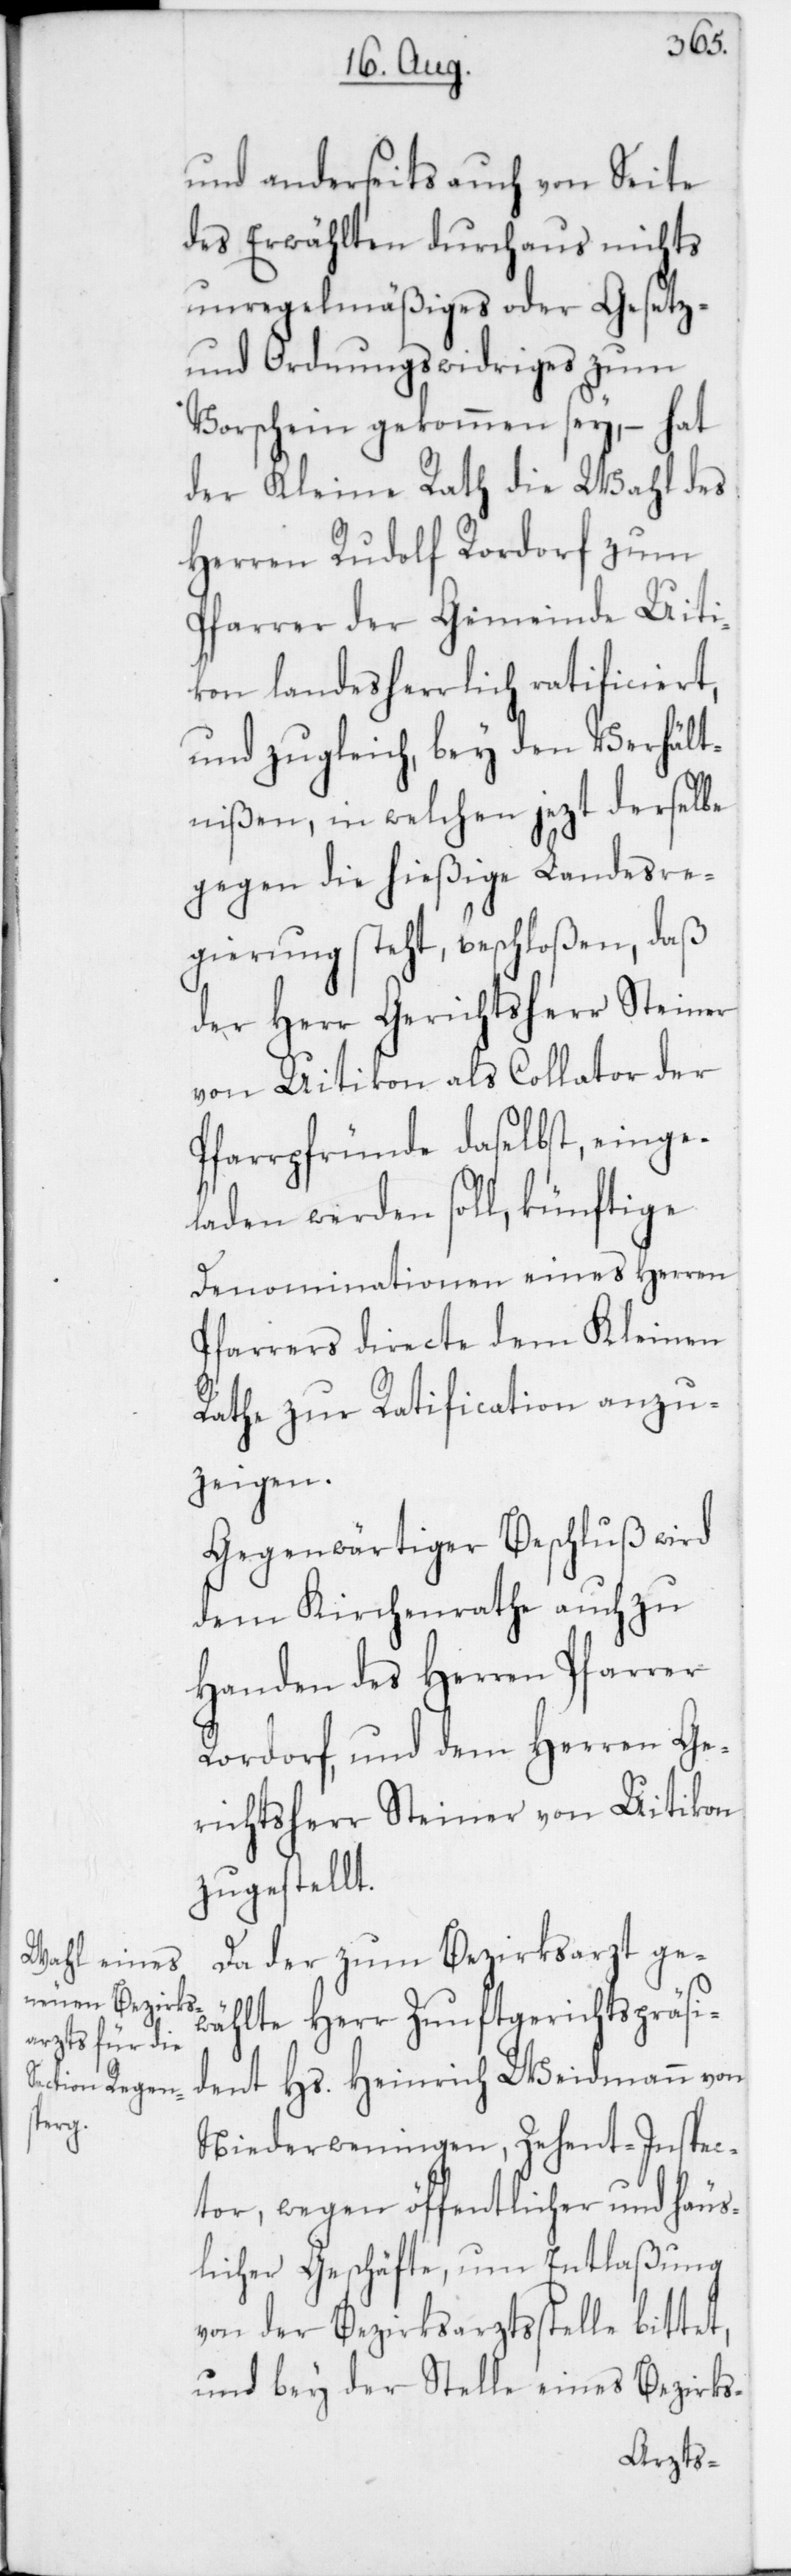
und anderseits auch von Seite
des Erwählten durchaus nichts
unregelmäßiges oder Gesetz-
und Ordnungswidriges zum
Vorschein gekommen sey, hat
der Kleine Rath die Wahl des
Herren Rudolf Rordorf zum
Pfarrer der Gemeinde Uiti¬
kon landesherrlich ratificiert,
und zugleich bey den Verhält¬
nißen, in welchen jezt derselbe
gegen die hießige Landesre¬
gierung steht, beschloßen, daß
der Herr Gerichtsherr Steiner
von Uitikon als Collator der
Pfarrpfründe daselbst, einge¬
laden werden soll, künftige
Denominationen eines Herren
Pfarrers directe dem Kleinen
Rathe zur Ratification anzu¬
zeigen.
Gegenwärtiger Beschluß wird
dem Kirchenrathe auch zu
Handen des Herren Pfarrer
Rordorf und dem Herren Ge¬
richtsherr Steiner von Uitikon
zugestellt.
Da der zum Bezirksarzt ge¬
wählte Herr Zunftgerichtspräsi¬
dent Hs. Heinrich Weidmann von
Niederweningen, Zehent-Inspec¬
tor, wegen öffentlicher und häus¬
licher Geschäfte, um Entlaßung
von der Bezirksarztsstelle bittet,
und bey der Stelle eines Bezirks-